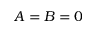
A = B = 0